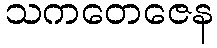
သကတေဇေန